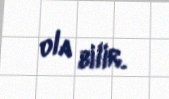
ola bilir.